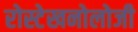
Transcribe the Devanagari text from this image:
रोस्टेखनोलोजी